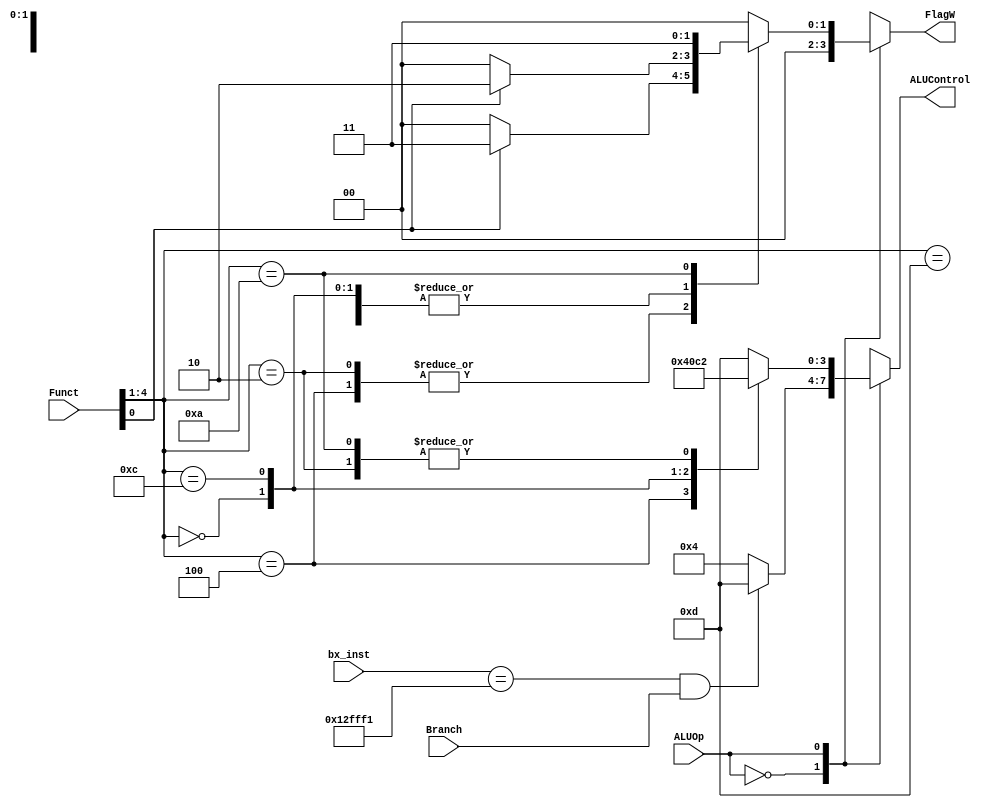
module ALUDecoder(
	input [4:0] Funct,
	input ALUOp, Branch,
	input [23:0] bx_inst,
	output reg [1:0] FlagW,
	output reg [3:0] ALUControl);
	
parameter AND=4'b0000,
		  EXOR=4'b0001,
		  SubtractionAB=4'b0010,
		  SubtractionBA=4'b0011,
		  Addition=4'b0100,
		  Addition_Carry=4'b0101,
		  SubtractionAB_Carry=4'b0110,
		  SubtractionBA_Carry=4'b0111,
		  ORR=4'b1100,
		  Move=4'b1101,
		  Bit_Clear=4'b1110,
		  Move_Not=4'b1111;
	
always @(Funct, ALUOp, Branch, bx_inst)	
begin
	case(ALUOp)
	0:
	begin
		FlagW = 2'b00;
		if (( bx_inst == 24'b000100101111111111110001) & (Branch == 1)) ALUControl = Move;	// BX
		else ALUControl = Addition;		
	end
	1:
	begin
		//data processing
		case(Funct[4:1])
		// ADD, SUB, AND, ORR, MOV, CMP
		4'b0100:
		begin
			//ADD
			FlagW = Funct[0] ? 2'b11 : 2'b00;
			ALUControl = Addition;
		end
		4'b0010:
		begin
			//SUB
			FlagW = Funct[0] ? 2'b11 : 2'b00;
			ALUControl = SubtractionAB;
		end
		4'b0000:
		begin
			//AND
			FlagW = Funct[0] ? 2'b10 : 2'b00;
			ALUControl = AND;
		end
		4'b1100:
		begin
			//ORR
			FlagW = Funct[0] ? 2'b10 : 2'b00;
			ALUControl = ORR;
		end
		4'b1101:
		begin
			//MOV
			FlagW = Funct[0] ? 2'b10 : 2'b00;
			ALUControl = Move;
		end
		4'b1010:
		begin
			//CMP
			FlagW = 2'b11;
			ALUControl = SubtractionAB;
		end
		default:
		begin
			//for error purposes
			FlagW = 2'b00;
			ALUControl = Move;
		end
		endcase
	end
	endcase
end
	
endmodule